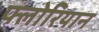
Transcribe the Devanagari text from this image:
फ्लोरियान